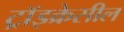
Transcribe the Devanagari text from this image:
ट्रॉइक्रेसील